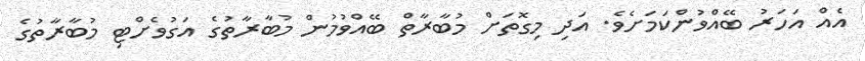
އެއް އަހަރު ބޭއްވުންކަމަށެވެ. އަދި މިގޮތަށް މުބާރާތް ބޭއްވުމުން މުބާރާތުގެ އަގުވެށްޓި މުބާރާތުގެ